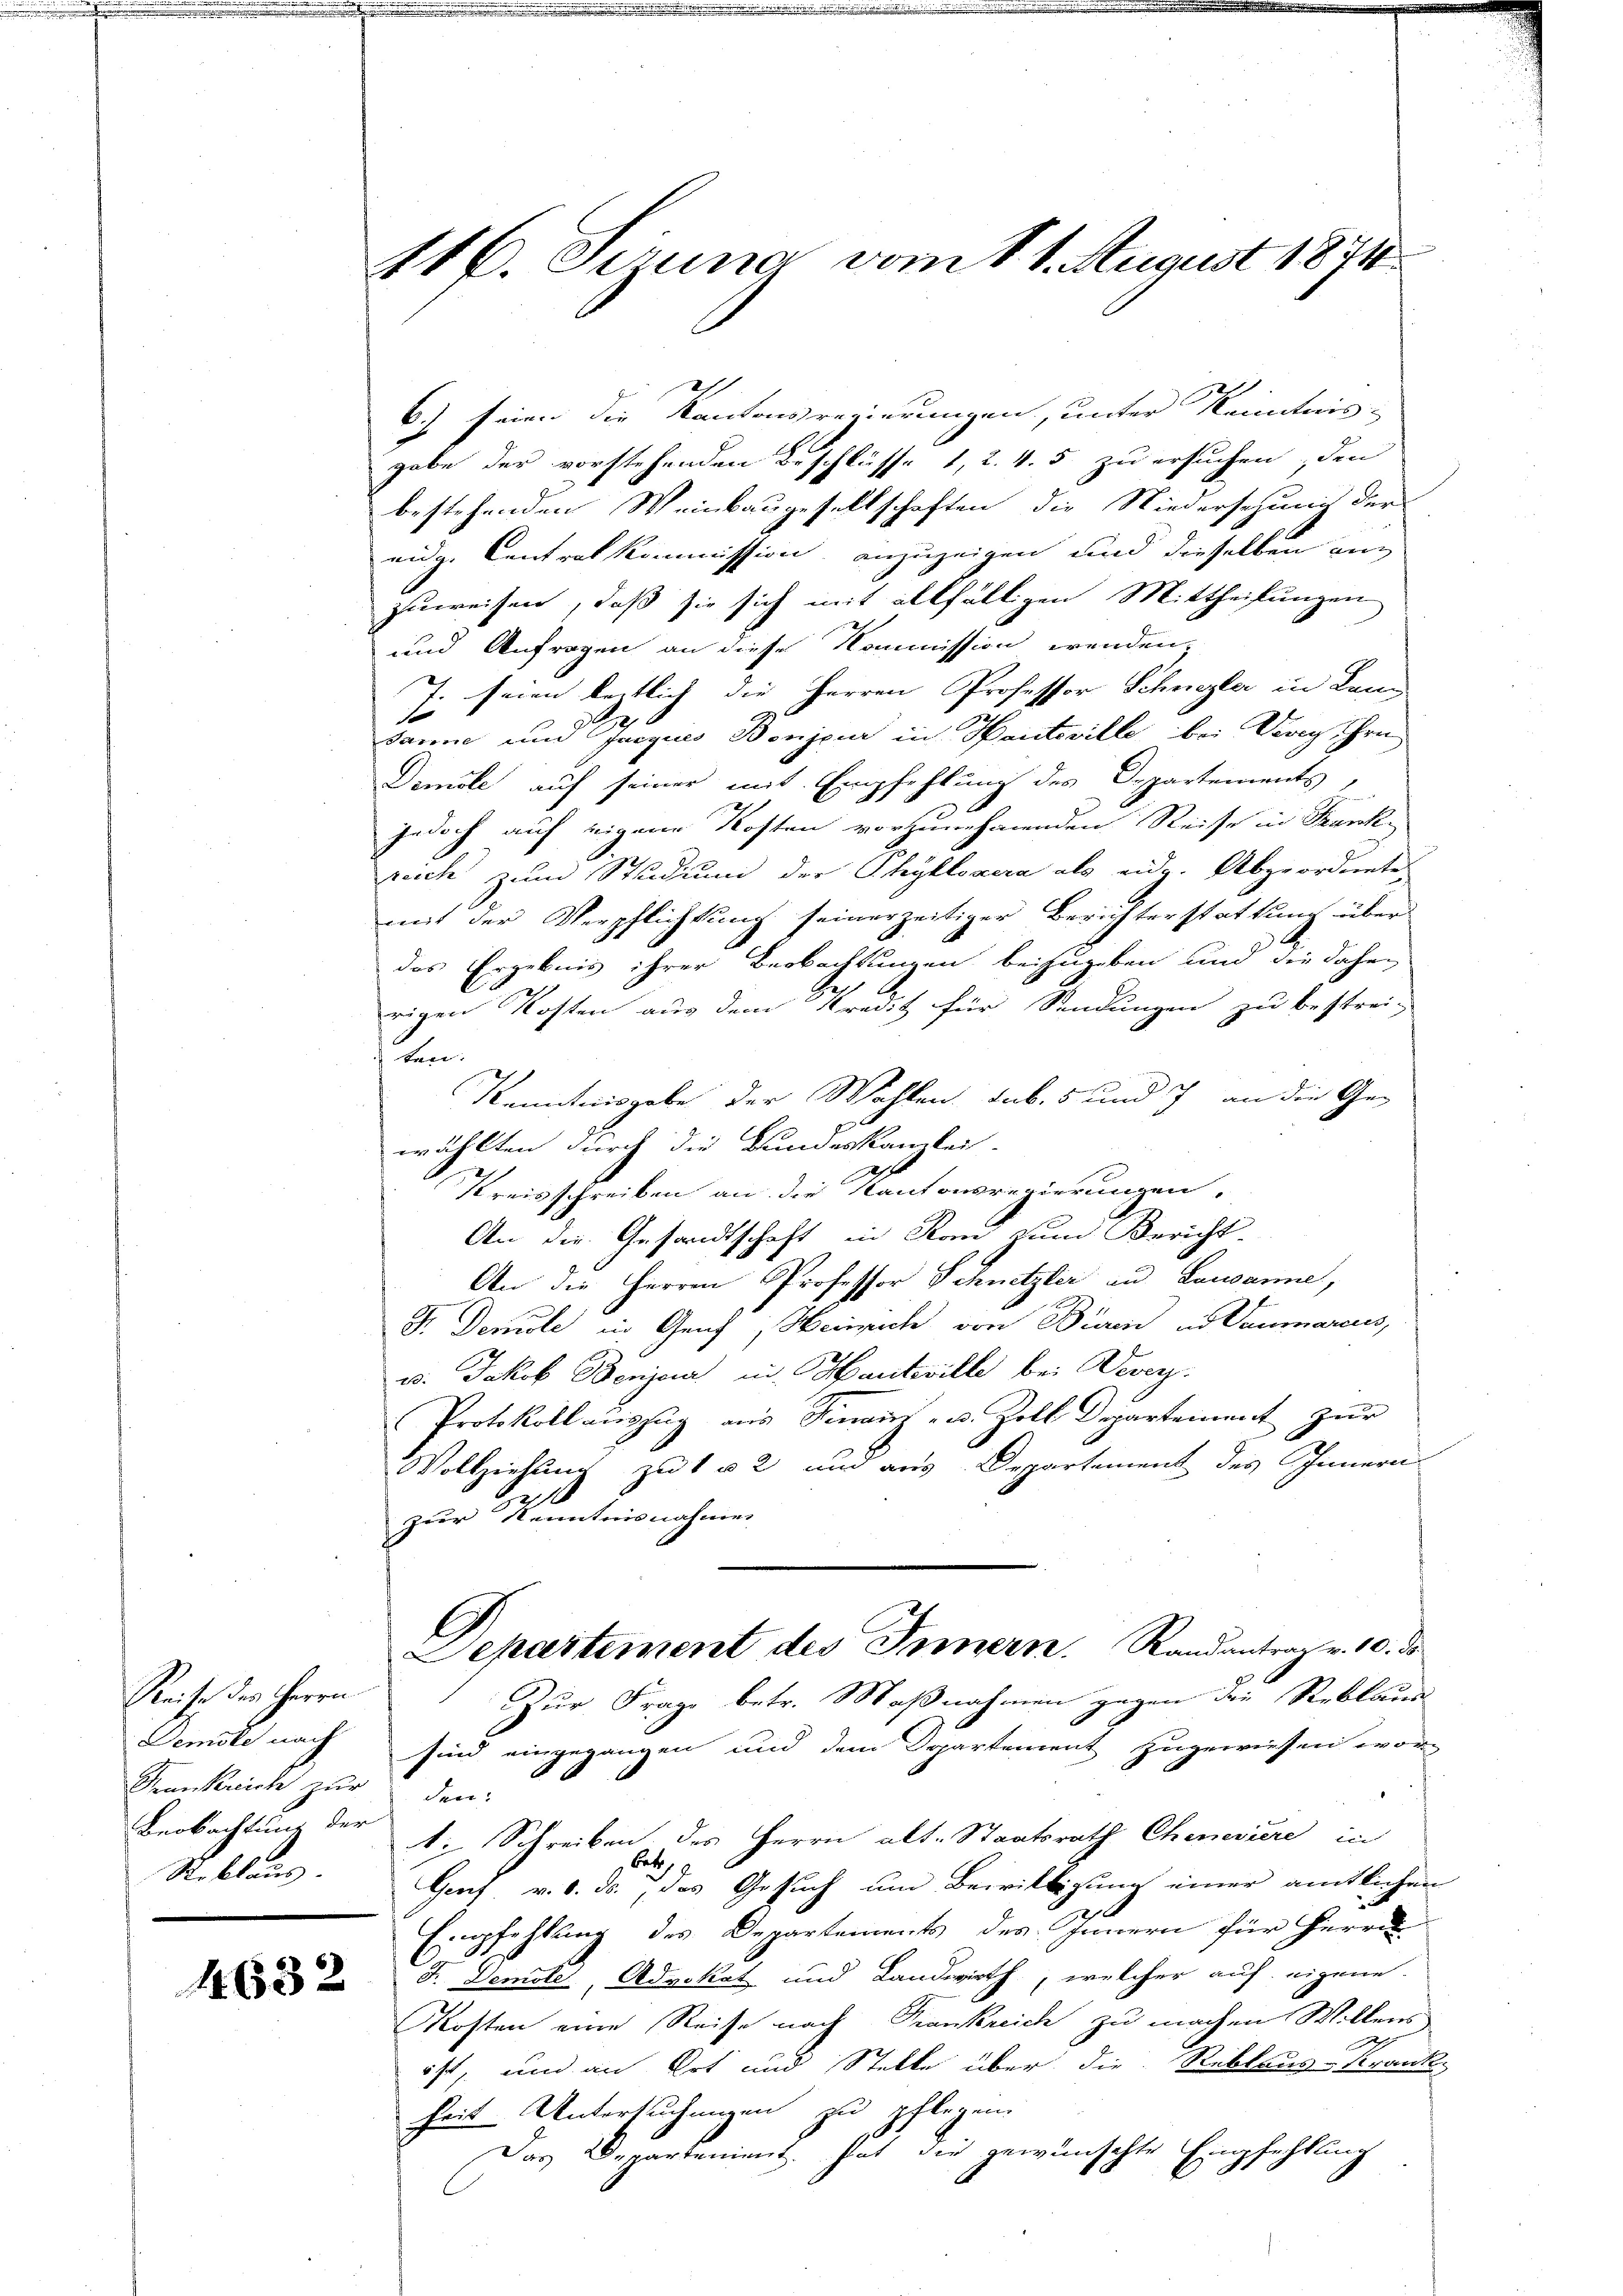
Reise des Herrn
Demste nach
Pennkrich zur den
Reblaus.

1632

416. Struna vom 11. August 1871

6) seien die Kantonsregierungen, unter Kenntnis
gabe der vorstehenden Beschlüsse 1, 2. 4. 5 zu ersuchen, den
bestehenden Weinbaugesellschaften die Niedersehung der
eide Centralkommission, anzuzeigen und dieselben auc
zuweisen, daß sie sich mit allfälligen Mittheilungen
und Anfragen an diese Kommission wenden,
7. seien leztlich die Herren Professor Schnezler in Lan
s
sanne und Jacquis Bonjeur in Hausville bei Vevey ihre
Demole auf seiner mit Empfehlung des Departements
jedoch auf eigene Kosten vorzunehmenden Reise in Frankreich zum Studium der Phylloaera als eidg. Abgeordnete,
mit der Verpflichtung seinerzeitiger Berichterstattung über
a
das Ergebnis ihrer Beobachtungen beizugeben und die daher
rigen Kosten aus dem Kredit für Sendungen zu bestrei-
ten.
Kenntnisgabe der Wahlen sub. 5 und 7 an die Ge-
wählten durch die Bundeskanzlei.
Kreisschreiben an die Kantonsregierungen.
An die Gesandtschaft in Kann zum Bericht-
An die Herren Professor Schnetzler an Lausanne,
F. Demole in Genf, Heinrich von Büren in Baumarius,
u. Jakob Benjaa in Hautwille bei Deser
Protokoll auszug aus Finanz- u. Zoll Departement zur
Vollziehung zu 1 u 2 und aus Departement des Innern
2
zur Kenntnisnahmen
Separtement des Innern. Randantrag v. 10. ds.
Zur Frage betr. Maßnahmen gegen die Reblaus
sind eingegangen und dem Separtement zugewiesen wor-
Beobachtung der d. Schreiben des Herrn alt. Staatsrath Cheneriere in
Bet
Genf v. 6. ds., das Gesuch um Bewilligung einer amtlichen
Empfehlung des Departements des Innern für Herrn
F. Demotel, Advokat und Landwirth, welcher auf eigene
Kosten eine Reise nach Frankreich zu machen Willens
h
ist, und an Ort und Stelle über die Reblaus-Krank
heit Untersuchungen zu pflegen.
Das Departement hat die gewünschte Empfehlung